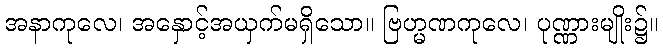
အနာကုလေ၊ အနှောင့်အယှက်မရှိသော။ ဗြဟ္မဏကုလေ၊ ပုဏ္ဏားမျိုး၌။